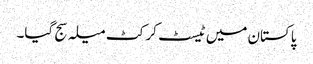
پاکستان میں ٹیسٹ کرکٹ میلہ سج گیا۔